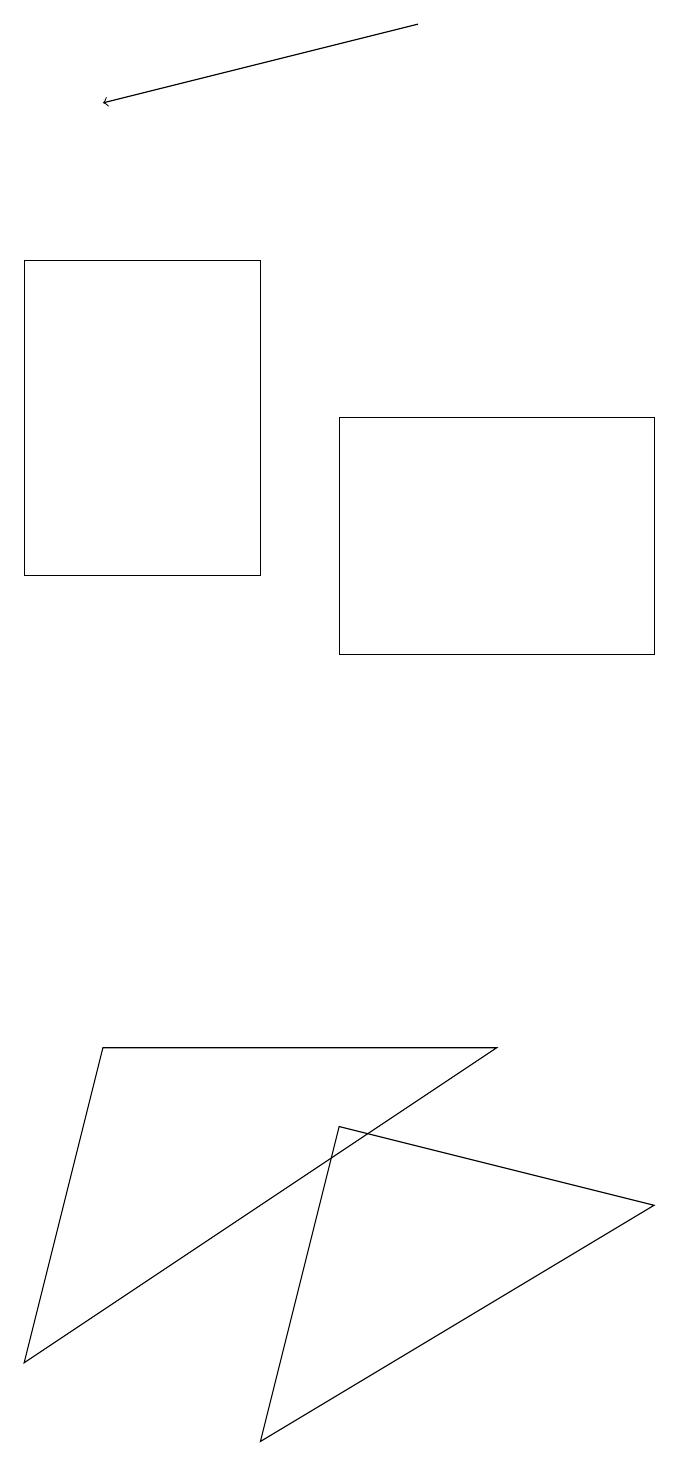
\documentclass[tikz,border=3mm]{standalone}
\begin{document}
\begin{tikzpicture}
\draw[->] (5,18) -- (1,17);
\draw (3,0) -- (4,4) -- (8,3) -- cycle;
\draw (8,13) rectangle (4,10);
\draw (6,5) -- (0,1) -- (1,5) -- cycle;
\draw (0,15) rectangle (3,11);
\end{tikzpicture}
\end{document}